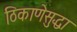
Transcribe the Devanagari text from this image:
ठिकाणेसुद्धा